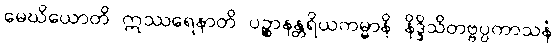
မေဃိယောတိ ဣဿရေနာတိ ပဉ္စာနန္တရိယကမ္မာနိ နိဒ္ဒိသိတဗ္ဗပ္ပကာသနံ